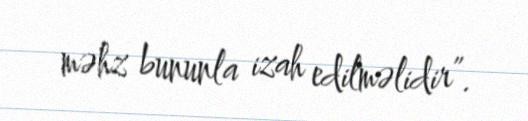
məhz bununla izah edilməlidir”.